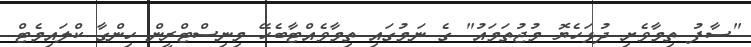
"ސާފު ތިމާވެށި ދުޅަހެޔޮ މުޖުތަމައު" ގެ ނަމުގައި ތިމާވެއްޓާބެހޭ މިނިސްޓްރީން ހިންގާ ކްލައިމެޓް